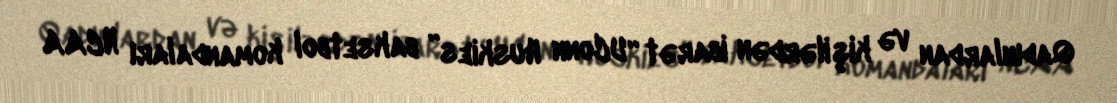
Qadınlardan və kişilərdən ibarət “UConn Huskies” baksetbol komandaları NCAA